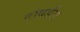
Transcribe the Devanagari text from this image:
टोवर्डस